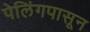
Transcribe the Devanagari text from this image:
पेलिंगपासून